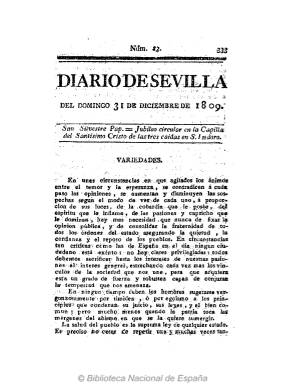
Título: Diario de Sevilla (Sevilla. 1809)
Colección: Periódicos anteriores a 1850
Ámbito geográfico: Sevilla
Lugar de publicación: Sevilla
Fechas: 31/12/1809-31/12/1809

Este periódico fue desconocido tanto para Aznar y Gómez (1889) como para Chaves Rey (1896), y Gómez Ímaz (1910, p. 146) solo lo cita al hacerse eco de la referencia aparecida en Índice de los papeles de la Junta Central Suprema Gubernativa del Reino y del Consejo de Regencia (1904), y seguidamente Luis del Arco (1914) intentó hacer una aproximación al mismo. La descripción de su colección completa será descrita en Índice bibliográfico de la Colección documental del Fraile, de Ana María Freire López (2008), y está formada por los número 1 al 112, desde el 10 de octubre de 1809 al 29 de enero de 1810, con 452 páginas foliadas. Para Gil Novales (2009) es un periódico publicado a cargo de la Junta Central, como portavoz acaso del sector moderado de la misma, y en el Archivo Histórico Nacional hay escrito del que se da cuenta de la existencia de su prospecto y de la solicitud para su edición por parte del Melchor de Andarió y Castelvell, autor de Discurso filosófico sobre el sistema político del gobierno inglés incompatible con el sosiego público de las naciones de Europa (1805) y Elogio del rey nuestro señor Don Fernando VII : detenido y preso en el palacio de Valencey en Francia por el enemigo común del genero humano, el emperador Napoleón (1808), entre otros opúsculos. La colección de la Biblioteca Nacional de España dispone sólo del número correspondiente al 31 de diciembre de 1809, de cuatro páginas foliadas (333-336), compuestas a una columna, y estampado con “superior permiso” por la Viuda de Vázquez y Comp. Tras el santoral, contiene un artículo de exaltación patriótica contra el invasor napoleónico bajo el epígrafe Variedades, y le siguen los de Noticias del Reino (sobre la guerra de independencia), Comercio (embarcaciones), Aviso, Venta, Anuncio y Cambios. Debió desaparecer al entrar las tropas francesas en Sevilla el uno de febrero de 1810. Se suscribía y vendía en la librería de Lema, instalada en la calle Génova, de Sevilla.